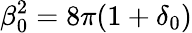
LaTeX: \beta_{0}^{2}=8\pi(1+\delta_{0})